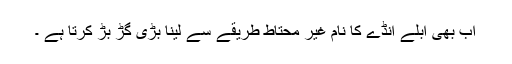
اب بھی ابلے انڈے كا نام غير محتاط طريقے سے لينا بڑی گڑ بڑ كرتا ہے ۔